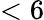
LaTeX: <\mathrm{6}